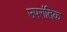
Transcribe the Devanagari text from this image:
उपरांतिक